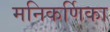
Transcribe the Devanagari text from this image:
मनिकर्णिका